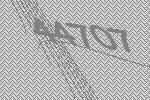
44707